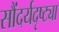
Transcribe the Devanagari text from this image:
सौंदर्यदृष्ट्या